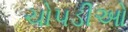
ચોપડીઓ